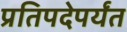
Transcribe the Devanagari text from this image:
प्रतिपदेपर्यंत